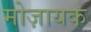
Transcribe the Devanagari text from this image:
मोज़ायक